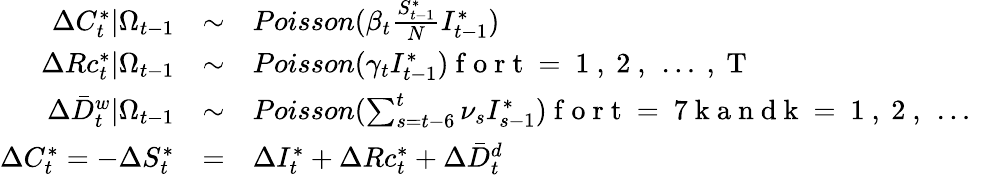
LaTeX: \begin{array}{rcl}{\Delta C_{t}^{*}|\Omega_{t-1}}&{\sim}&{Poisson(\beta_{t}\frac{S_{t-1}^{*}}{N}I_{t-1}^{*})}\\ {\Delta Rc_{t}^{*}|\Omega_{t-1}}&{\sim}&{Poisson(\gamma_{t}I_{t-1}^{*})\mathrm{~f~o~r~t~=~1~,~2~,~\dots~,~T~}}\\ {\Delta\bar{D}_{t}^{w}|\Omega_{t-1}}&{\sim}&{Poisson(\sum_{s=t-6}^{t}\nu_{s}I_{s-1}^{*})\mathrm{~f~o~r~t~=~7~k~a~n~d~k~=~1~,~2~,~\dots~}}\\ {\Delta C_{t}^{*}=-\Delta S_{t}^{*}}&{=}&{\Delta I_{t}^{*}+\Delta Rc_{t}^{*}+\Delta\bar{D}_{t}^{d}}\end{array}